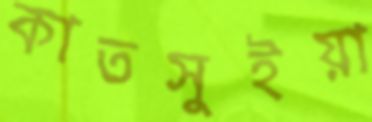
কাতসুইয়া